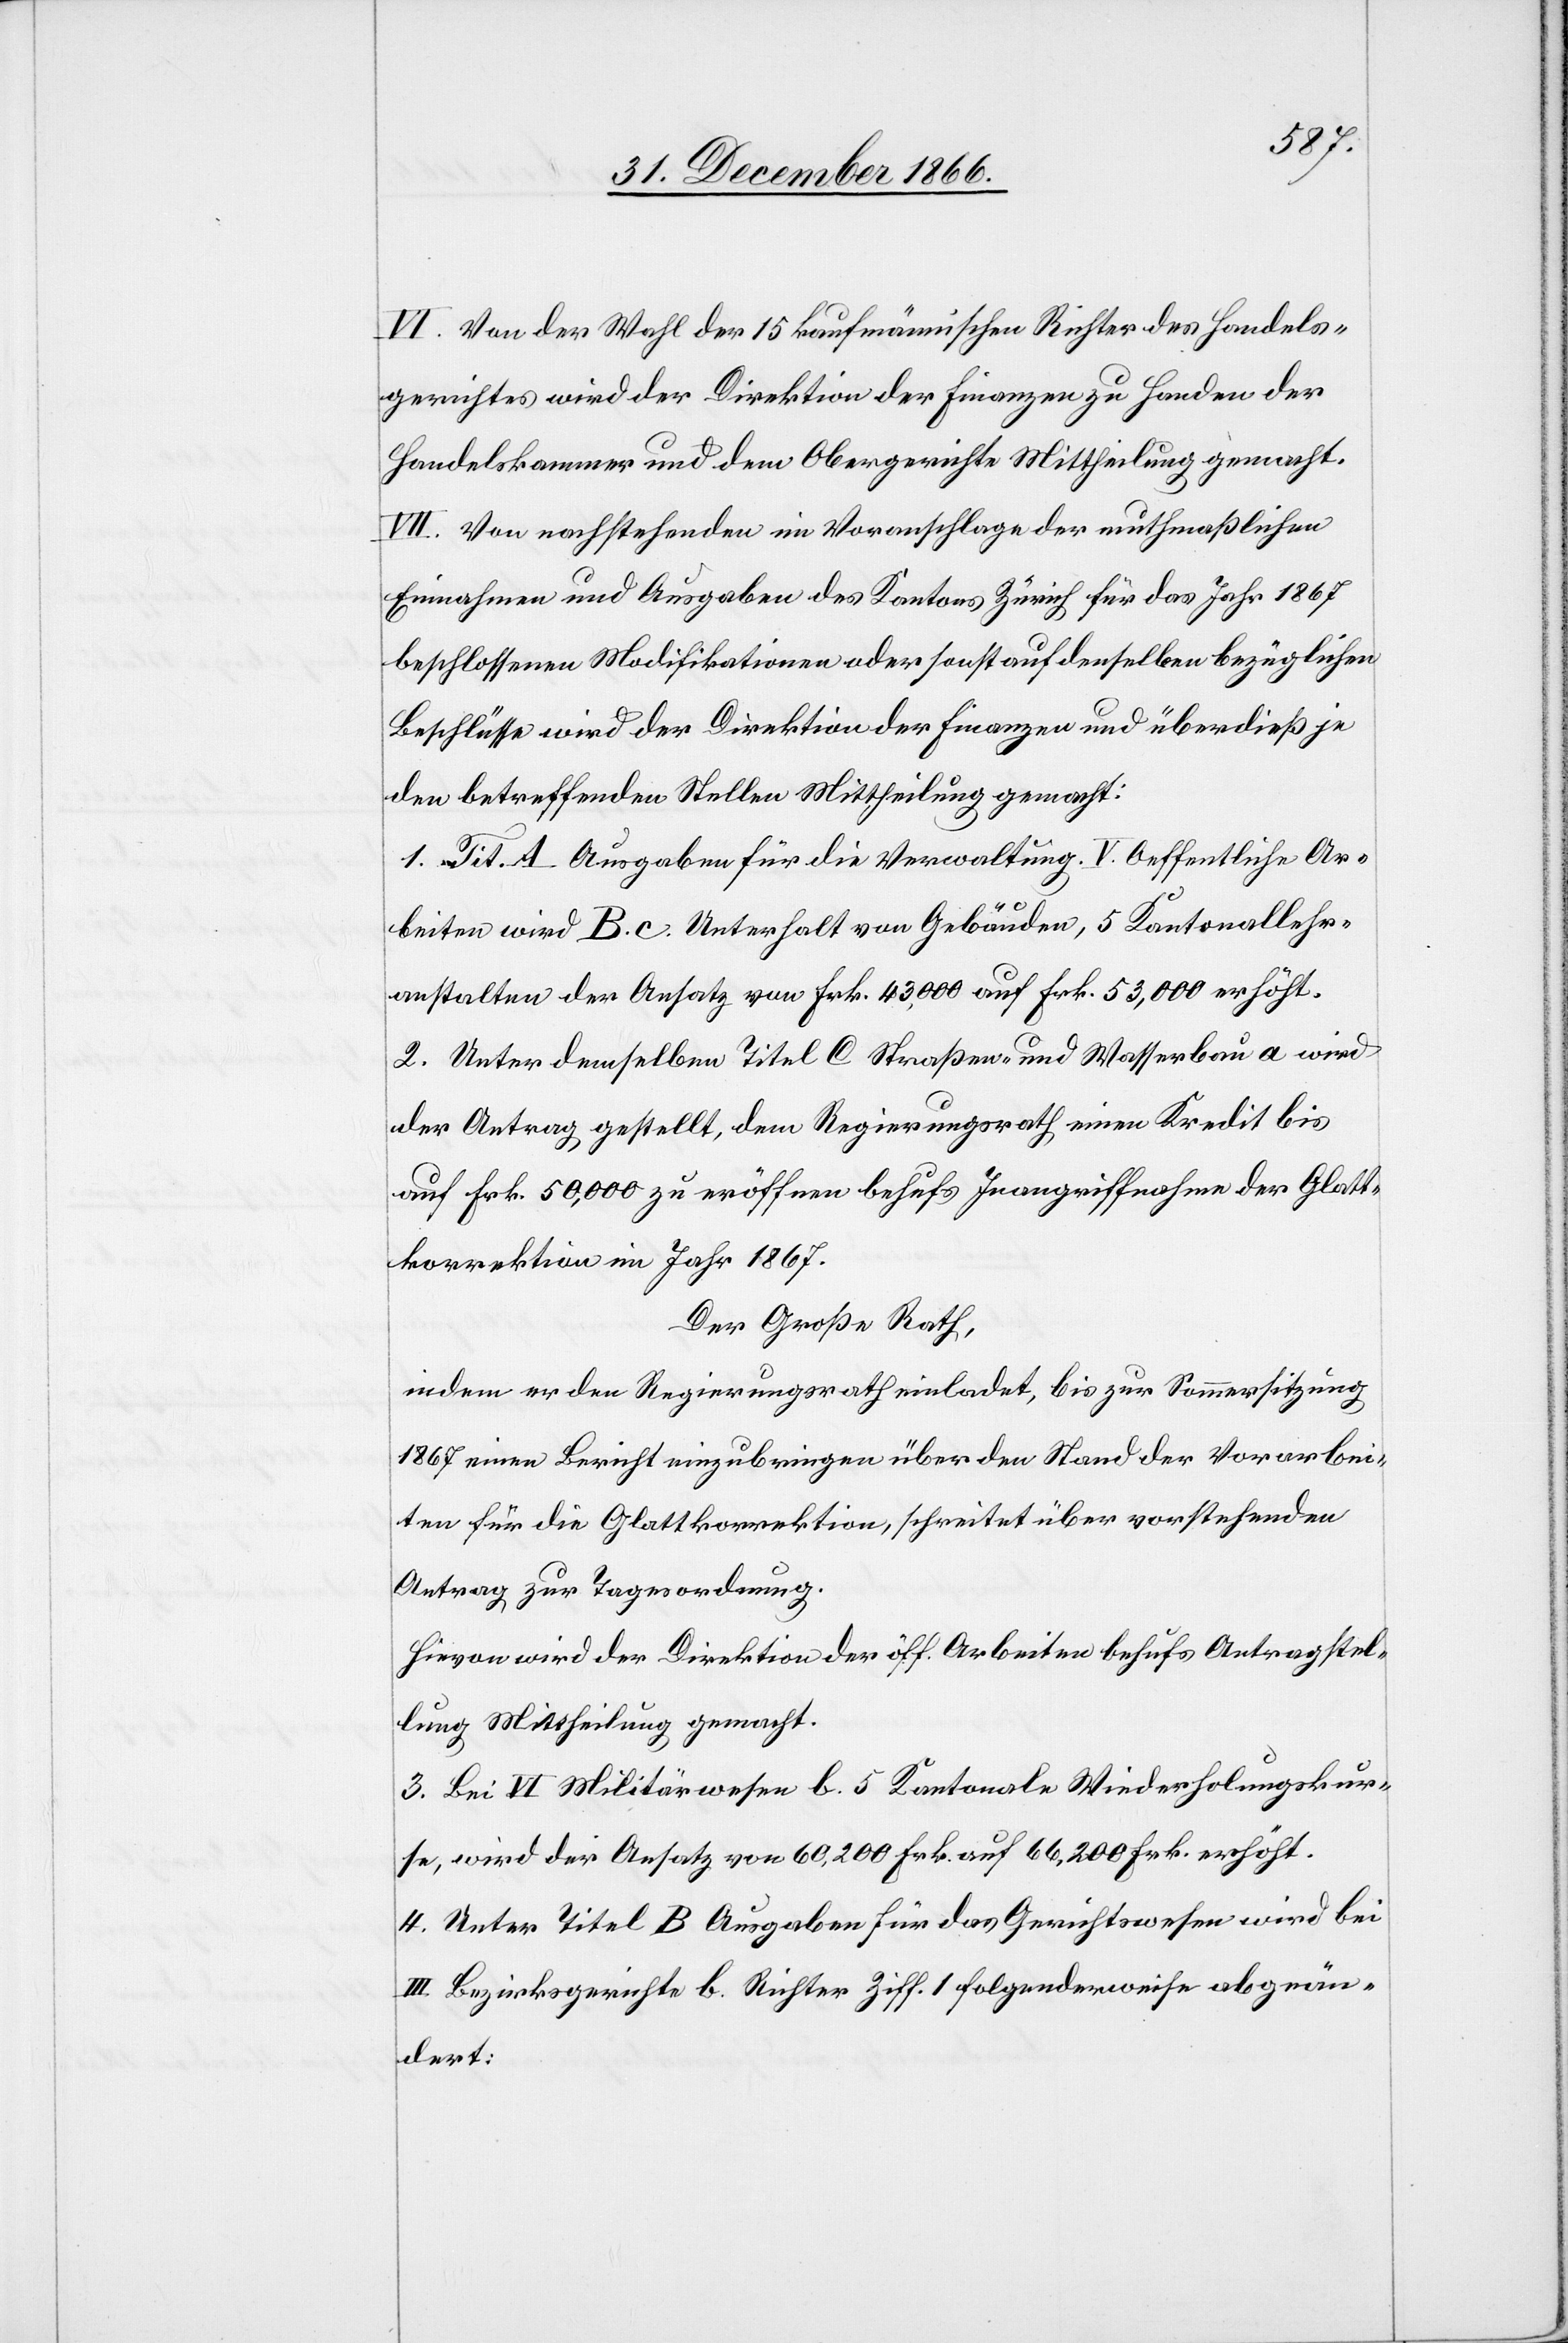
VI. Von der Wahl der 15 kaufmännischen Richter des Handels¬
gerichtes wird der Direktion der Finanzen zu Handen der
Handelskammer und dem Obergerichte Mittheilung gemacht.
VII. Von nachstehenden im Voranschlage der muthmaßlichen
Einnahmen und Ausgaben des Kantons Zürich für das Jahr 1867
beschlossenen Modifikationen oder sonst auf denselben bezüglichen
Beschlüsse wird der Direktion der Finanzen und überdieß je
den betreffenden Stellen Mittheilung gemacht.
1. Tit. A. Ausgaben für die Verwaltung. V. Oeffentliche Ar¬
beiten wird B. c. Unterhalt von Gebäuden, 5 Kantonallehr¬
anstalten der Ansatz von Frk. 43 000 auf Frk. 53 000 erhöht.
2. Unter demselben Titel C Straßen- und Wasserbau a wird
der Antrag gestellt, dem Regierungsrath einen Kredit bis
auf Frk. 50 000 zu eröffnen behufs Inangriffnahme der Glatt¬
korrektion im Jahr 1867.
Der Große Rath,
indem er den Regierungsrath einladet, bis zur Sommersitzung
1867 einen Bericht einzubringen über den Stand der Vorarbei¬
ten für die Glattkorrektion, schreitet über vorstehenden
Antrag zur Tagesordnung.
Hievon wird der Direktion der öff. Arbeiten behufs Antragstel¬
lung Mittheilung gemacht.
3. Bei VI. Militärwesen b. 5 Kantonale Wiederholungskur¬
se, wird der Ansatz von 60 200 Frk. auf 66 200 Frk. erhöht.
4. Unter Titel B Ausgaben für das Gerichtswesen wird bei
III Bezirksgerichte b. Richter Ziff. 1 folgenderweise abgeän¬
dert: